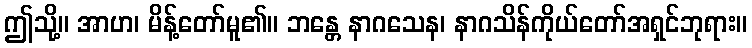
ဤသို့။ အာဟ၊ မိန့်တော်မူ၏။ ဘန္တေ နာဂသေန၊ နာဂသိန်ကိုယ်တော်အရှင်ဘုရား။